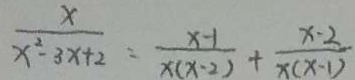
\frac { x } { x ^ { 2 } - 3 x + 2 } = \frac { x - 1 } { x ( x - 2 ) } + \frac { x - 2 } { x ( x - 1 ) }